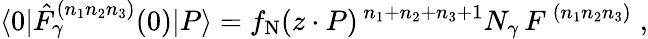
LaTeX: \langle 0|\hat{F}_{\gamma}^{(n_{1}n_{2}n_{3})}(0)|P\rangle=f_{\mathrm{N}}(z\cdot P)^{\, {n_{1}+n_{2}+n_{3}+1}}N_{\gamma}\, F^{\, (n_{1}n_{2}n_{3})}\; ,